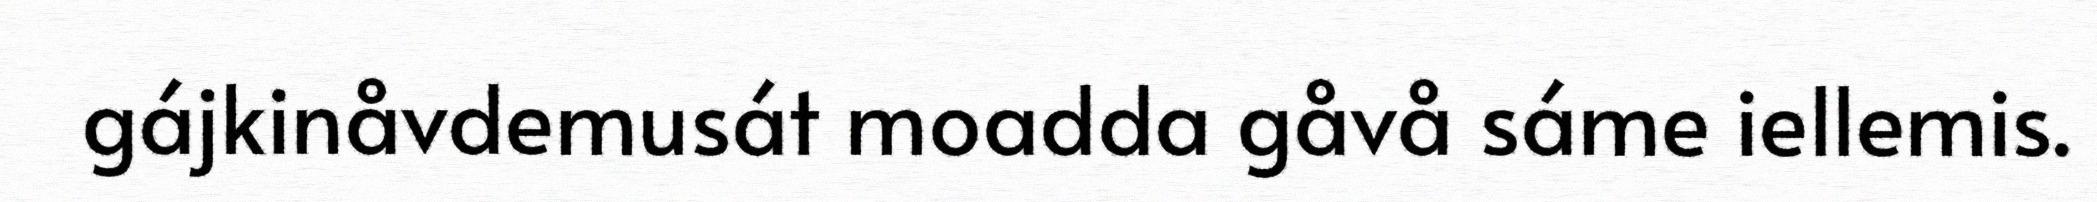
gájkinåvdemusát moadda gåvå sáme iellemis.